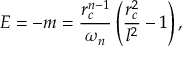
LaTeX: E = - m = \frac { r _ { c } ^ { n - 1 } } { \omega _ { n } } \left( \frac { r _ { c } ^ { 2 } } { l ^ { 2 } } - 1 \right) ,